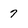
Character: 7